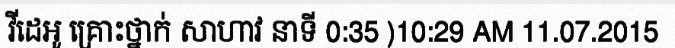
វីដេអូ គ្រោះថ្នាក់ សាហាវ នាទី 0:35 )10:29 AM 11.07.2015